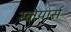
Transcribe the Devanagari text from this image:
स्लेयार्स